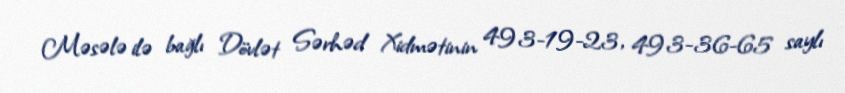
Məsələ ilə bağlı Dövlət Sərhəd Xidmətinin 493-19-23, 493-36-65 saylı